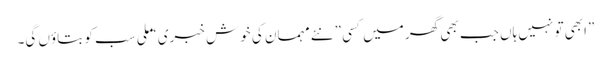
”ابھی تو نہیں ہاں جب بھی گھر میں کسی ”نئے مہمان کی خوش خبری “ ملی سب کو بتاوٴں گی۔